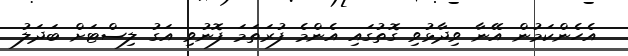
އެހެންކަމުން އޭނާ ވިދާޅުވި ގޮތުގައި އެންމެ ފުރަތަމަ ފޮނުވި އަގު ލިސްޓަށް ބަދަލު